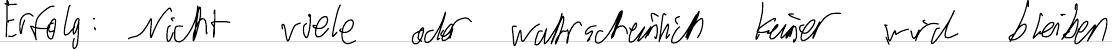
Erfolg: Nicht viele oder wahrscheinlich keiner wird bleiben